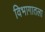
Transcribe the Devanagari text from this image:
विभागातला